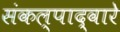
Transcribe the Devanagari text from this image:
संकल्पाद्वारे